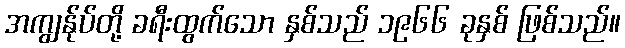
အကျွန်ုပ်တို့ ခရီးထွက်သော နှစ်သည် ၁၉၆၆ ခုနှစ် ဖြစ်သည်။